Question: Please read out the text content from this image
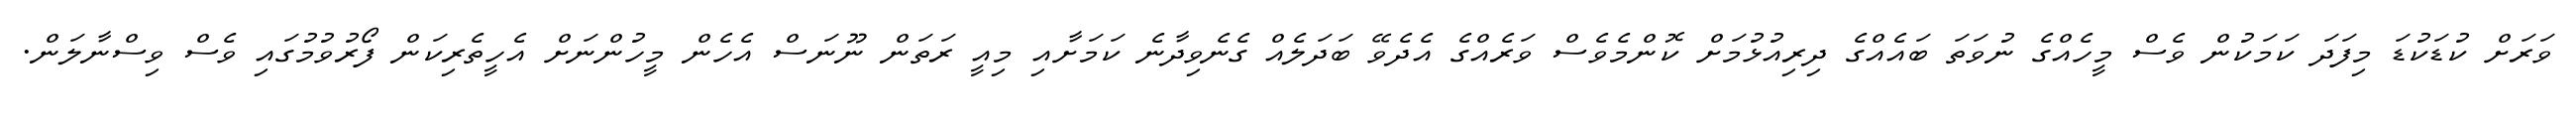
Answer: ވަރަށް ކުޑަކުޑަ މިފަދަ ކަމަކުން ވެސް މީހެއްގެ ނުވަތަ ބައެއްގެ ދިރިއުޅުމަށް ކޮންމެވެސް ވަރެއްގެ އެދެވޭ ބަދަލެއް ގެނެވިދާނެ ކަމަށާއި މިއީ ރަތަން ނޫނަސް އެހެން މީހުންނަށް އެހީތެރިކަން ފޯރުވުމުގައި ވެސް ވިސްނާލަން.